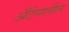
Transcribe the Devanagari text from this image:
अँटेनातील